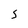
Character: S